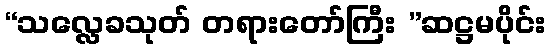
“သလ္လေခသုတ် တရားတော်ကြီး ”ဆဋ္ဌမပိုင်း